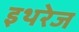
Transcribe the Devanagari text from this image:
इथरेज